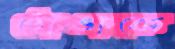
ঠোঙাকে